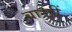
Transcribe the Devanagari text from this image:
बारहीं